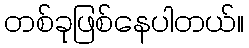
တစ်ခုဖြစ်နေပါတယ်။